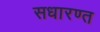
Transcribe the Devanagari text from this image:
सधारण्त